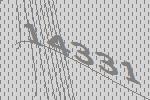
14331